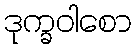
ဒုက္ခဝါစော